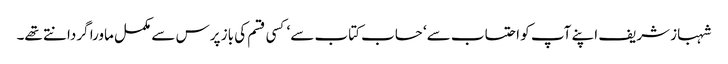
شہباز شریف اپنے آپ کو احتساب سے‘ حساب کتاب سے‘ کسی قسم کی باز پرس سے مکمل ماورا گردانتے تھے۔